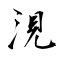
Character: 涀